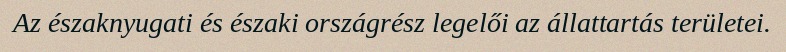
Az északnyugati és északi országrész legelői az állattartás területei.